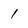
Character: 1